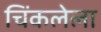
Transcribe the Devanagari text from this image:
चिंकलेला